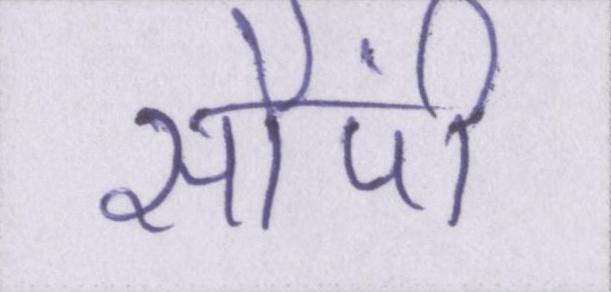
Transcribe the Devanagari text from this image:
सौंपी